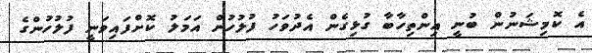
އެ ކޮމިޝަނުން ބުނީ އިންތިހާބާ ގުޅިގެން އެދުވަހު ފުލުހުން އަމަލު ކޮށްފައިވަނީ ފުލުހުންގެ